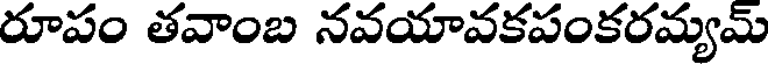
రూపం తవాంబ నవయావకపంకరమ్యమ్